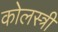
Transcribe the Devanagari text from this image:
कोलस्त्री